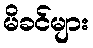
မိခင်များ